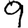
Digit: 9